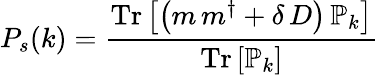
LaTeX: P_{s}(k)={\frac{\mathrm{Tr}\left[\left(m\, m^{\dagger}+\delta\, D\right)\, \mathbb{P}_{k}\right]}{\mathrm{Tr}\left[\mathbb{P}_{k}\right]}}